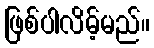
ဖြစ်ပါလိမ့်မည်။